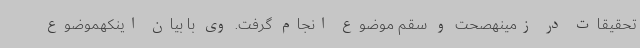
تحقیقات در زمینهصحت و سقم موضوع انجام گرفت. وی با بیان اینکهموضوع